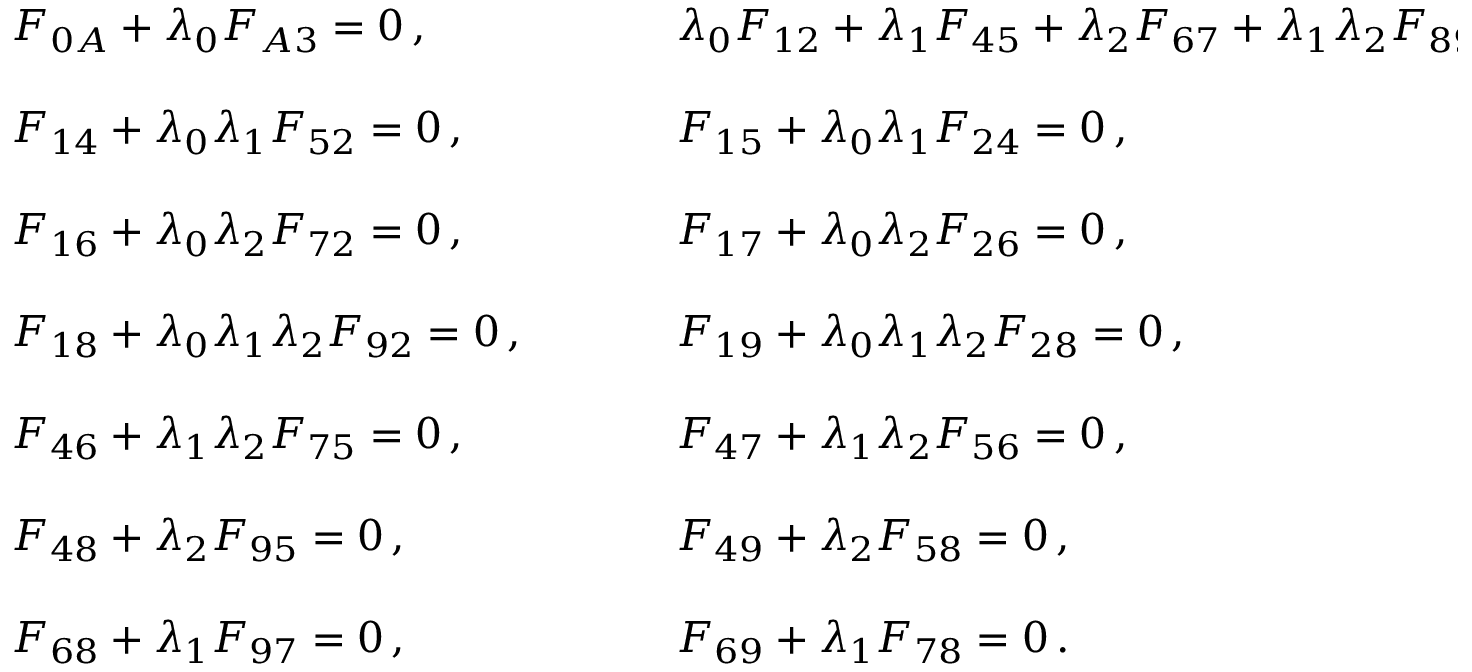
\begin{array} { l l } { { F _ { 0 A } + \lambda _ { 0 } F _ { A 3 } = 0 \, , ~ ~ ~ ~ } } & { { ~ ~ ~ ~ \lambda _ { 0 } F _ { 1 2 } + \lambda _ { 1 } F _ { 4 5 } + \lambda _ { 2 } F _ { 6 7 } + \lambda _ { 1 } \lambda _ { 2 } F _ { 8 9 } = 0 \, , } } \\ { { { } } } & { { { } } } \\ { { { } F _ { 1 4 } + \lambda _ { 0 } \lambda _ { 1 } F _ { 5 2 } = 0 \, , ~ ~ ~ ~ } } & { { ~ ~ ~ ~ F _ { 1 5 } + \lambda _ { 0 } \lambda _ { 1 } F _ { 2 4 } = 0 \, , } } \\ { { { } } } & { { { } } } \\ { { { } F _ { 1 6 } + \lambda _ { 0 } \lambda _ { 2 } F _ { 7 2 } = 0 \, , ~ ~ ~ ~ } } & { { ~ ~ ~ ~ F _ { 1 7 } + \lambda _ { 0 } \lambda _ { 2 } F _ { 2 6 } = 0 \, , } } \\ { { { } } } & { { { } } } \\ { { { } F _ { 1 8 } + \lambda _ { 0 } \lambda _ { 1 } \lambda _ { 2 } F _ { 9 2 } = 0 \, , ~ ~ ~ ~ } } & { { ~ ~ ~ ~ F _ { 1 9 } + \lambda _ { 0 } \lambda _ { 1 } \lambda _ { 2 } F _ { 2 8 } = 0 \, , } } \\ { { { } } } & { { { } } } \\ { { { } F _ { 4 6 } + \lambda _ { 1 } \lambda _ { 2 } F _ { 7 5 } = 0 \, , ~ ~ ~ ~ } } & { { ~ ~ ~ ~ F _ { 4 7 } + \lambda _ { 1 } \lambda _ { 2 } F _ { 5 6 } = 0 \, , } } \\ { { { } } } & { { { } } } \\ { { { } F _ { 4 8 } + \lambda _ { 2 } F _ { 9 5 } = 0 \, , ~ ~ ~ ~ } } & { { ~ ~ ~ ~ F _ { 4 9 } + \lambda _ { 2 } F _ { 5 8 } = 0 \, , } } \\ { { { } } } & { { { } } } \\ { { { } F _ { 6 8 } + \lambda _ { 1 } F _ { 9 7 } = 0 \, , ~ ~ ~ ~ } } & { { ~ ~ ~ ~ F _ { 6 9 } + \lambda _ { 1 } F _ { 7 8 } = 0 \, . } } \end{array}